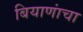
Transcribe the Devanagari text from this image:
बियाणांचा